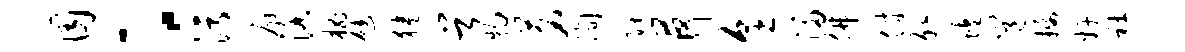
囿：污癖洛槐避狭首物茗洵隈荷烹浸佛付外蝗邕摄奸社